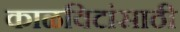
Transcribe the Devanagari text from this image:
काळविटांसाठी